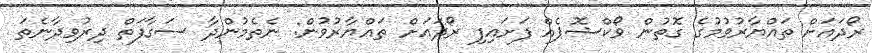
ރޯދައަށް ތައްޔާރުވުމުގެ ގޮތުން ވޯކްޝޮޕެއް ފަށައިފި ރޯދައަށް ތައްޔާރުވުން: ނެތެމުންދާ ސަގާފަތް ދިރުވިދާނެތަ